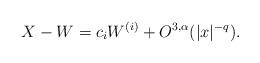
LaTeX: \begin{align*}X - W = c_i W^{(i)} + O^{3,\alpha}(|x|^{-q}). \end{align*}